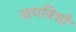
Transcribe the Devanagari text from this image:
जपविधौ